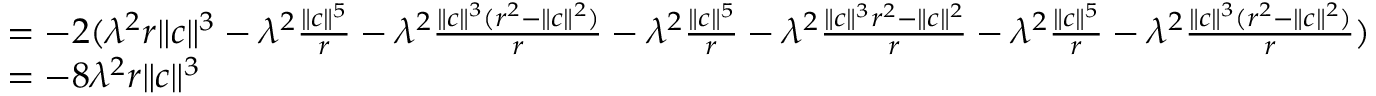
\begin{array} { r l } & { = - 2 ( \lambda ^ { 2 } r \| c \| ^ { 3 } - \lambda ^ { 2 } \frac { \| c \| ^ { 5 } } { r } - \lambda ^ { 2 } \frac { \| c \| ^ { 3 } ( r ^ { 2 } - \| c \| ^ { 2 } ) } { r } - \lambda ^ { 2 } \frac { \| c \| ^ { 5 } } { r } - \lambda ^ { 2 } \frac { \| c \| ^ { 3 } r ^ { 2 } - \| c \| ^ { 2 } } { r } - \lambda ^ { 2 } \frac { \| c \| ^ { 5 } } { r } - \lambda ^ { 2 } \frac { \| c \| ^ { 3 } ( r ^ { 2 } - \| c \| ^ { 2 } ) } { r } ) } \\ & { = - 8 \lambda ^ { 2 } r \| c \| ^ { 3 } } \end{array}